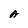
Character: A